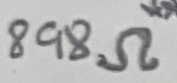
Text: 898Ω**